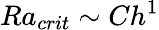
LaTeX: Ra_{crit}\sim Ch^{1}